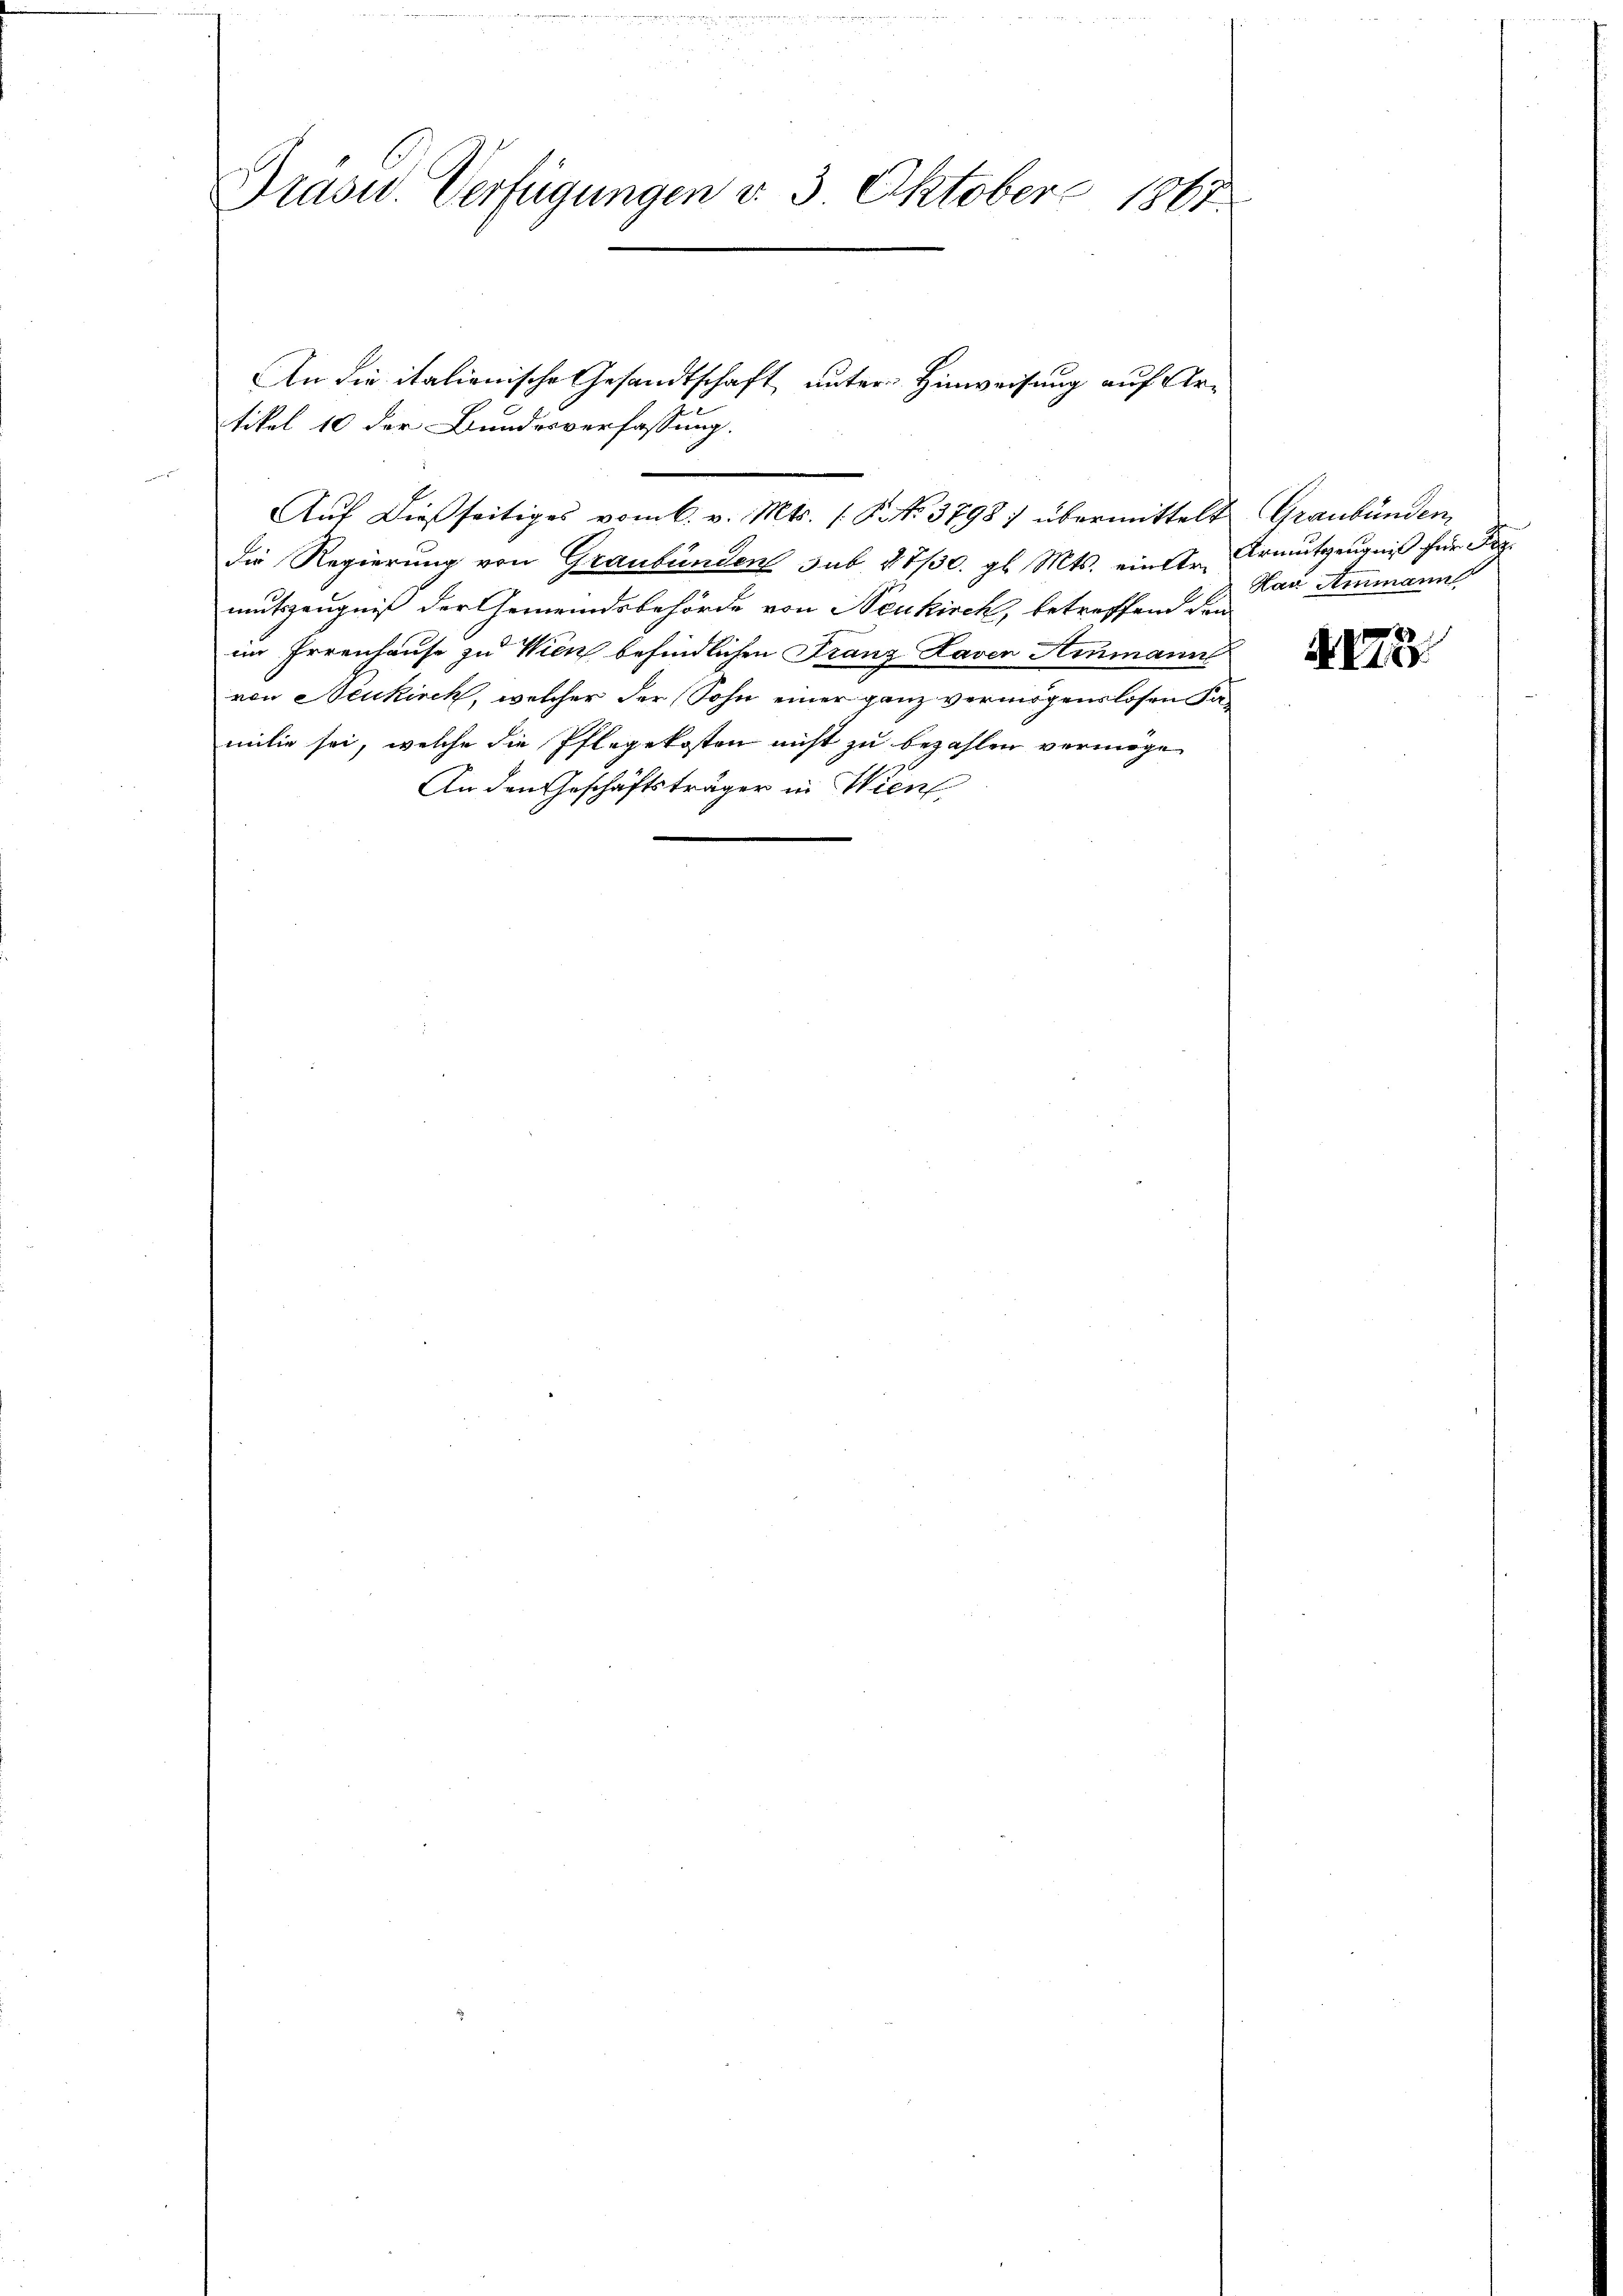
die Regierung von Graubünden sub 27/30. gl. Mts. einer Armutzeŭgniβ für Fes
mutszeugniß der Gemeindsbehörde von Neukirch, betreffend den
im Irrenhause zu Wien befindlichen Franz Laven Ammann
von Neukirch, welcher der Sohn einer ganz vermögenslosen Familie sei, welche die Pflegekosten nicht zu bezahlen vermöge
An den Geschäftsträger in Wien

Präsu. Verfügungen v. 3. Oktober 1861

tikel 10 der Bundesverfassung.

An die italienische Gesandtschaft unter Hinweisung auf Ar¬

Aŭf dießseitiges vom 6. v. Mts. (S. 3798) übermittelt Graubünden,

Hau Ammann

A